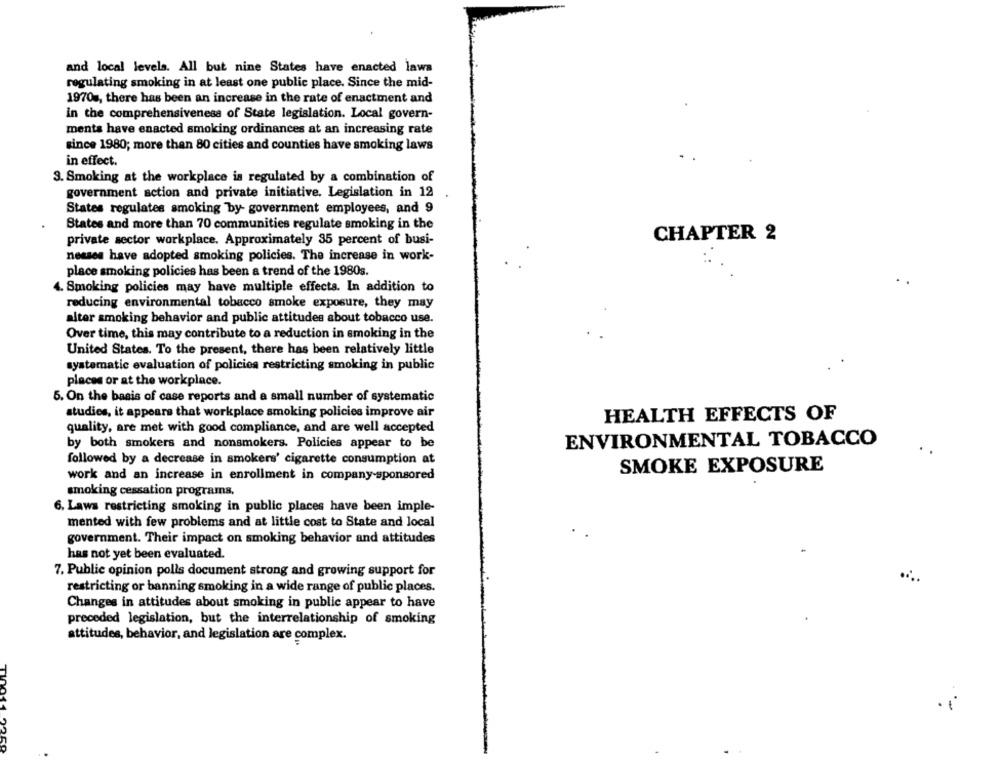
and local levels. All but nine States have enacted laws
regulating smoking in at least one public place. Since the mid-
1970s, there has been an increase in the rate of enactment and
in the comprehensiveness of State legislation. Local govern-
ments have enacted smoking ordinances at an increasing rate
since 1980; more than 80 cities and counties have smoking laws
in effect.
3. Smoking at the workplace is regulated by a combination of
government action and private initiative. Legislation in 12
States regulates smoking by- government employees, and 9
States and more than 70 communities regulate smoking in the
CHAPTER 2
private sector workplace. Approximately 35 percent of busi-
nesses have adopted smoking policies. The increase in work-
place smoking policies has been a trend of the 1980s.
4. Smoking policies may have multiple effects. In addition to
reducing environmental tobacco smoke exposure, they may
alter smoking behavior and public attitudes about tobacco use.
Over time, this may contribute to a reduction in smoking in the
United States. To the present, there has been relatively little
systematic evaluation of policies restricting smoking in public
places or at the workplace.
5. On the basis of case reports and a small number of systematic
studies, it appears that workplace smoking policies improve air
HEALTH EFFECTS OF
quality, are met with good compliance, and are well accepted
ENVIRONMENTAL TOBACCO
by both smokers and nonsmokers. Policies appear to be
followed by a decrease in smokers' cigarette consumption at
SMOKE EXPOSURE
work and an increase in enrollment in company-sponsored
smoking cessation programs,
6. Laws restricting smoking in public places have been imple-
mented with few problems and at little cost to State and local
government. Their impact on smoking behavior and attitudes
has not yet been evaluated.
7. Public opinion polls document strong and growing support for
restricting or banning smoking in a wide range of public places.
Changes in attitudes about smoking in public appear to have
preceded legislation, but the interrelationship of smoking
attitudes, behavior, and legislation are complex.